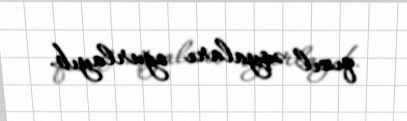
qızıl əşyaları oğurlayıb.